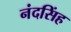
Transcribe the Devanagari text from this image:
नंदसिंह